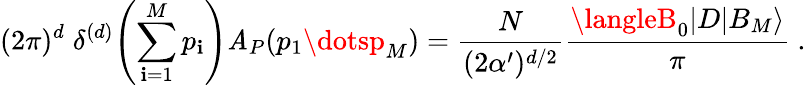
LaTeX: (2\pi)^{d}\; \delta^{(d)}\! \left(\sum_{\mathbf{i}=1}^{M}p_{\mathbf{i}}\right)\mathit{A}_{P}(p_{1}\dotsp_{M})=\frac{{N}}{{(2\alpha^{\prime})^{d/2}}}\frac{{\langleB_{0}|D|B_{M}\rangle}}{{\pi}}~.